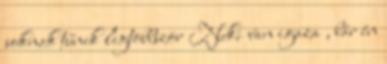
soknak tűnik legtöbbször Neki van igaza , bár én